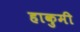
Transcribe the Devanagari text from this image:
हाकुमी